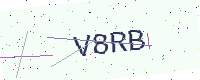
Text: V8RB